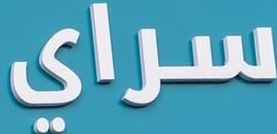
سراي